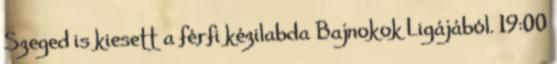
Szeged is kiesett a férfi kézilabda Bajnokok Ligájából. 19:00